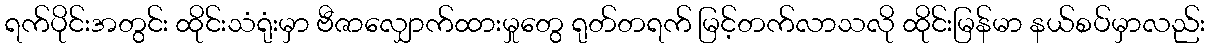
ရက်ပိုင်းအတွင်း ထိုင်းသံရုံးမှာ ဗီဇာလျှောက်ထားမှုတွေ ရုတ်တရက် မြင့်တက်လာသလို ထိုင်းမြန်မာ နယ်စပ်မှာလည်း